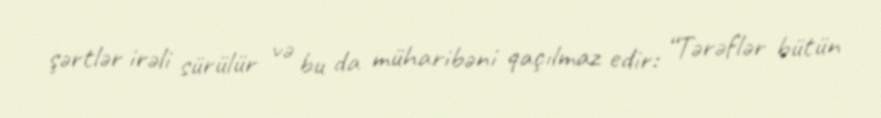
şərtlər irəli sürülür və bu da müharibəni qaçılmaz edir: “Tərəflər bütün